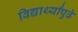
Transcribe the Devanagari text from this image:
विद्यार्थ्यांपुढे